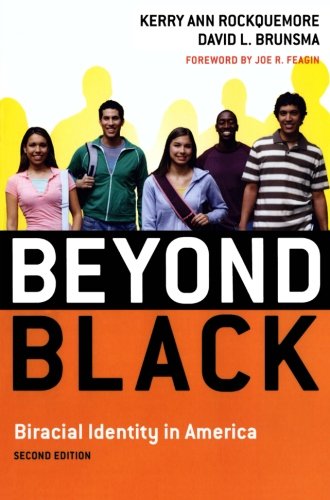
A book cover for Beyond Black: Biracial Identity in America; Kerry Ann Rockquemore; Medical Books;